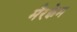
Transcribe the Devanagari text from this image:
मैरक्वेम